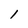
Character: l